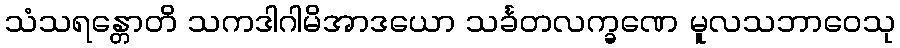
သံသရန္တောတိ သကဒါဂါမိအာဒယော သင်္ခတလက္ခဏေ မူလသဘာဝေသု